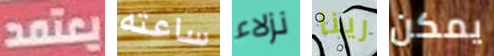
يعتمد ساعته نزلاء رينا يمكن